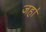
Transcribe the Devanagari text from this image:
जहा॑